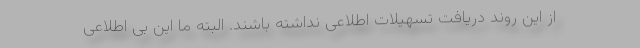
از این روند دریافت تسهیلات اطلاعی نداشته باشند. البته ما این بی اطلاعی